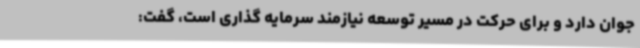
جوان دارد و برای حرکت در مسیر توسعه نیازمند سرمایه گذاری است، گفت: